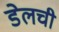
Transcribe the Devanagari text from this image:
डेलची